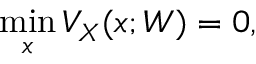
\operatorname* { m i n } _ { x } V _ { X } ( x ; W ) = 0 ,